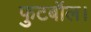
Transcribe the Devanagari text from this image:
फुटबॉल।